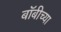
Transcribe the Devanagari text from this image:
बॉबीच्या